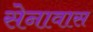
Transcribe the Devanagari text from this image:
सेनावास